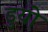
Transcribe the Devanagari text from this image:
डुयो